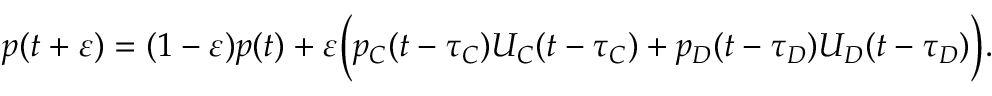
p ( t + \varepsilon ) = ( 1 - \varepsilon ) p ( t ) + \varepsilon \Bigl ( p _ { C } ( t - \tau _ { C } ) U _ { C } ( t - \tau _ { C } ) + p _ { D } ( t - \tau _ { D } ) U _ { D } ( t - \tau _ { D } ) \Bigr ) .